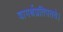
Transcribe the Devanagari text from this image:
वागर्थप्रतिपत्तये।